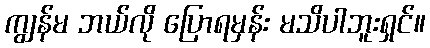
ကျွန်မ ဘယ်လို ပြောရမှန်း မသိပါဘူးရှင်။